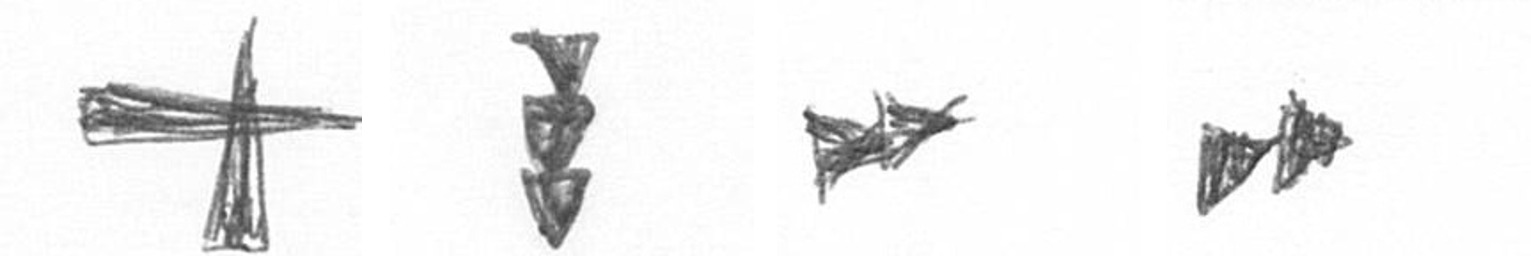
G E A A